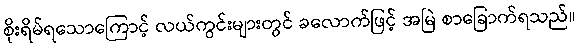
စိုးရိမ်ရသောကြောင့် လယ်ကွင်းများတွင် ခလောက်ဖြင့် အမြဲ စာခြောက်ရသည်။